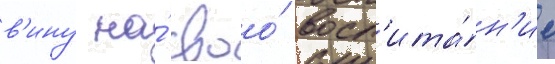
в'ину на́ своо́ восп'ита́н'ие